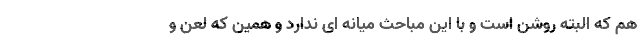
هم که البته روشن است و با این مباحث میانه ای ندارد و همین که لعن و